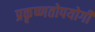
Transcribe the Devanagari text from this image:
प्रकृष्णतोपयोगी